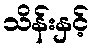
သိန်းနှင့်